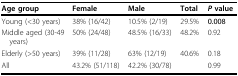
<table><thead><tr><td><b>Age group</b></td><td><b>Female</b></td><td><b>Male</b></td><td><b>Total</b></td><td><b><i>P </i>value</b></td></tr></thead><tbody><tr><td>Young (&lt;30 years)</td><td>38% (16/42)</td><td>10.5% (2/19)</td><td>29.5%</td><td><b>0.008</b></td></tr><tr><td>Middle aged (30-49 years)</td><td>50% (24/48)</td><td>48.5% (16/33)</td><td>48.2%</td><td>0.92</td></tr><tr><td>Elderly (&gt;50 years)</td><td>39% (11/28)</td><td>63% (12/19)</td><td>40.6%</td><td>0.18</td></tr><tr><td>All</td><td>43.2% (51/118)</td><td>42.2% (30/78)</td><td></td><td>0.99</td></tr></tbody></table>